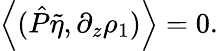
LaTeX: \left\langle(\hat{P}\tilde{\eta},\partial_{z}\rho_{1})\right\rangle=0.